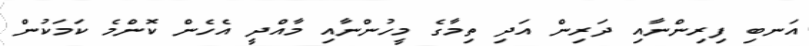
އަނބި ފިރިންނާއި ދަރިން އަދި ތިމާގެ މީހުންނާއި މާއްދީ އެހެން ކޮންމެ ކަމަކުން